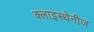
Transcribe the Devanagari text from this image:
क्लाइस्थेनीज